Leaving Certificate Examination, 1906
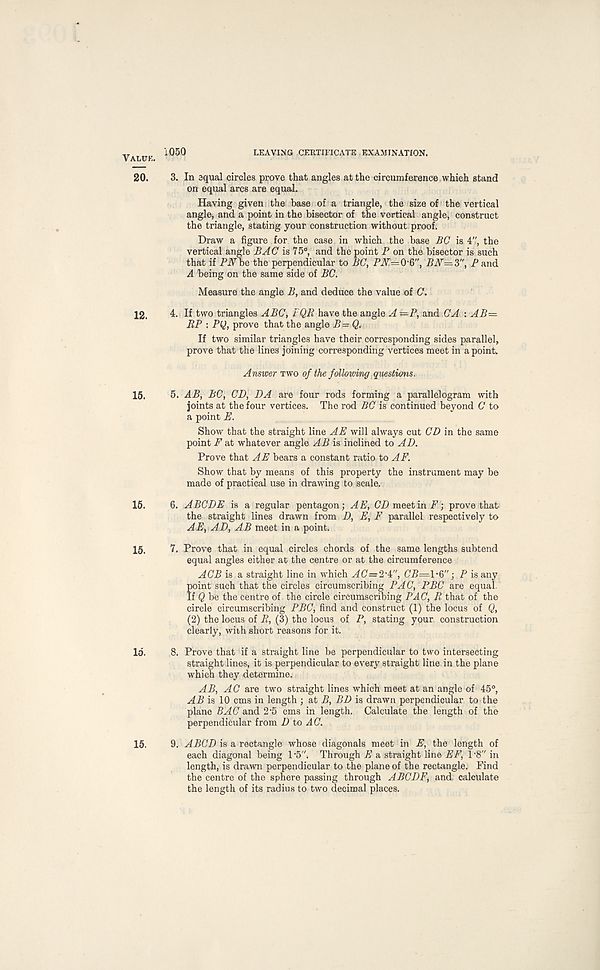
Value. 1050
LEAVING CERTIFICATE EXAMINATION.
20. 3. In aqual circles prove that angles at the circumference which stand
on equal arcs are equal.
Having given the base of a triangle, the size of the vertical
angle, and a point in the bisector of the vertical angle, construct
the triangle, stating your construction without proof.
Draw a figure for the case in which the base BC is 4", the
vertical angle BAC is 75°, and the point P on the bisector is such
that if PNbe the perpendicular to BC, PN'=Q-§", BN—Z", P and
A being on the same side of BC.
Measure the angle B, and deduce the value of C.
12. 4. If two triangles ABC, FQR have the angle A —P, and CA : AB=
BP : Py, prove that the angle B= Q,
If two similar triangles have their corresponding sides parallel,
prove that the lines joining corresponding vertices meet in a point
Answer two of the following questions.
15. 5. AB, BC, CD, DA are four rods forming a parallelogram with
joints at the four vertices. The rod PC' is continued beyond C to
a point E.
Show that the straight line AE will always cut CD in the same
point F at whatever angle AB is inclined to AD.
Prove that AE bears a constant ratio to AF.
Show that by means of this property the instrument may be
made of practical use in drawing to scale.
15. 6. ABCDE is a regular pentagon; AE, CD meet in F; prove that
the straight lines drawn from D, E, F parallel respectively to
AE, AD, AB meet in a point.
15, 7. Prove that in equal circles chords of the same lengths subtend
equal angles either at the centre or at the circumference
ACB is a straight line in which AC=2‘i", C'P=1*6"; P is any
point such that the circles circumscribing PAC, PBC are equal.
If Q be the centre of the circle circumscribing PAC, R that of the
circle circumscribing PBC, find and construct (1) the locus of Q,
(2) the locus of R, (3) the locus of P, stating your construction
clearly, with short reasons for it.
Id. 8. Prove that if a straight line be perpendicular to two intersecting
straight lines, it is perpendicular to every straight line in the plane
which they determine.
AB, AC are two straight lines which meet at an angle of 45°,
AB is 10 cms in length ; at B, BD is drawn perpendicular to the
plane BAC and 2‘5 cms in length. Calculate the length of the
perpendicular from D to AC.
15. 9. ABCD is a rectangle whose diagonals meet in E, the length of
each diagonal being 1-5". Through E a straight line EF, 1-8" in
length, is drawn perpendicular to the plane of the rectangle. Find
the centre of the sphere passing through ABCDF, and calculate
the length of its radius to two decimal places.